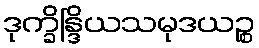
ဒုက္ခိန္ဒြိယသမုဒယဉ္စ